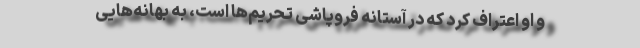
و او اعتراف کرد که در آستانه فروپاشی تحریم‌ها است، به‌ بهانه‌هایی